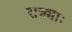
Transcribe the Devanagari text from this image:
रात्र्याः